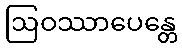
ဩဝဿာပေန္တေ